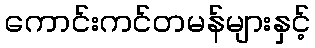
ကောင်းကင်တမန်များနှင့်